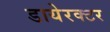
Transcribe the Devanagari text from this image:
डायेरक्टर